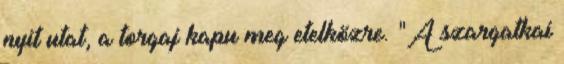
nyit utat, a torgaj kapu meg etelközre. "A szargatkai